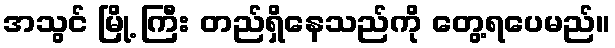
အသွင် မြို့ ကြီး တည်ရှိနေသည်ကို တွေ့ရပေမည်။